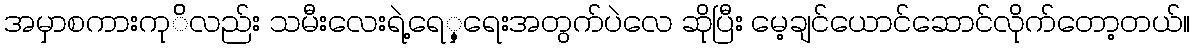
အမှာစကားကု်ိလည်း သမီးလေးရဲ့ရေှ့ရေးအတွက်ပဲလေ ဆိုပြီး မေ့ချင်ယောင်ဆောင်လိုက်တော့တယ်။